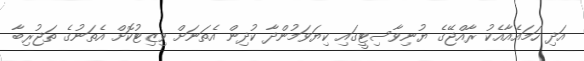
އަދި ހަމައެއާއެކު ރާއްޖޭގެ ޔުނިވާސިޓީގައި ކިޔަވަމުންދާ ކުދިން އެތަނަށް ވިޒިޓުކޮށް އެތަނުގެ ތަޖުރިބާ